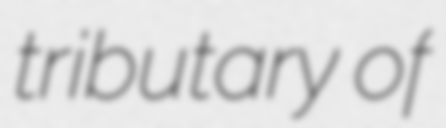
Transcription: tributary of